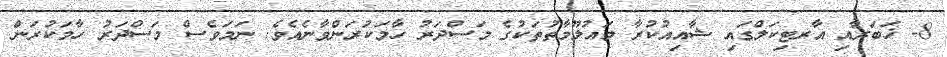
8- ޚަބަރާއި އާރޓިކަލްގައި ޝާއިއުކުރާ މައުލޫމާތުތަކުގެ މަސްދަރު ހާމަކުރަންވާނެއެވެ. ނަމަވެސް މަސްދަރު ހާމަކުރަން